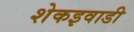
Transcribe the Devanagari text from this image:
शेकइवाडी